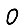
Digit: 0